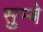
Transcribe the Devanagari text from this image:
सुम्बे